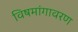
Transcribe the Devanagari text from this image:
विषमांगावरण